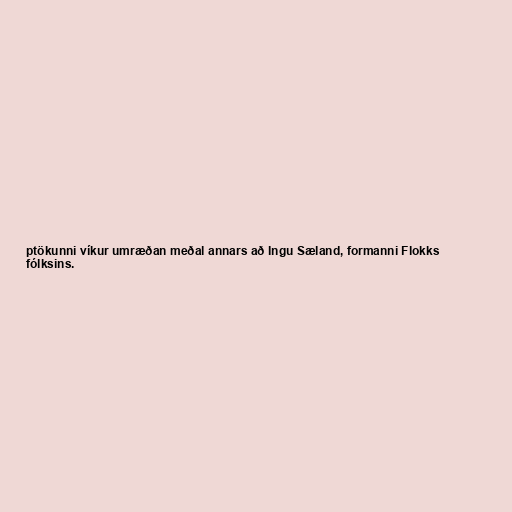
ptökunni víkur umræðan meðal annars að Ingu Sæland, formanni Flokks
fólksins.